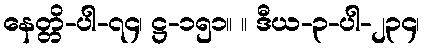
နေတ္တိ-ပါ-၇၄၊ ဋ္ဌ-၁၅၁။ ။ ဒီယ-၃-ပါ-၂၃၄၊